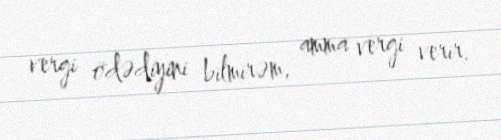
vergi ödədiyini bilmirəm, amma vergi verir.